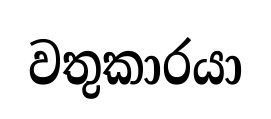
වතුකාරයා